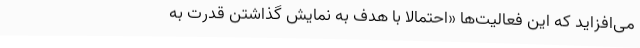
می‌افزاید که این فعالیت‌ها «احتمالا با هدف به نمایش گذاشتن قدرت به